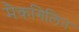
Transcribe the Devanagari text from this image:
मैकगिलिन